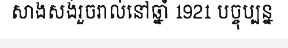
សាងសង់រួចរាល់នៅឆ្នាំ 1921 បច្ចុប្បន្ន